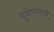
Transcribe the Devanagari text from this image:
दुजेपणाचे